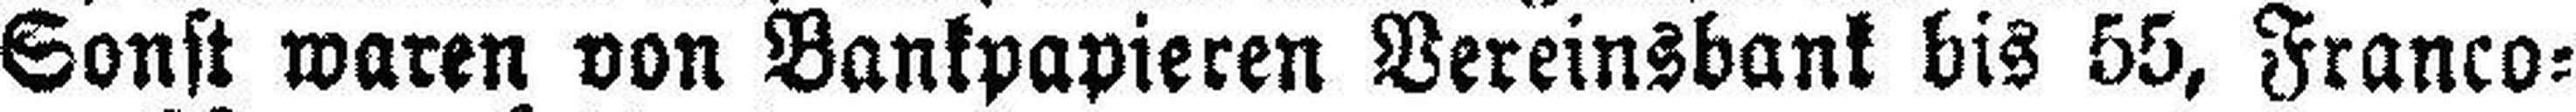
Sonst waren von Bankpapieren Vereinsbank bis 55, Franco=